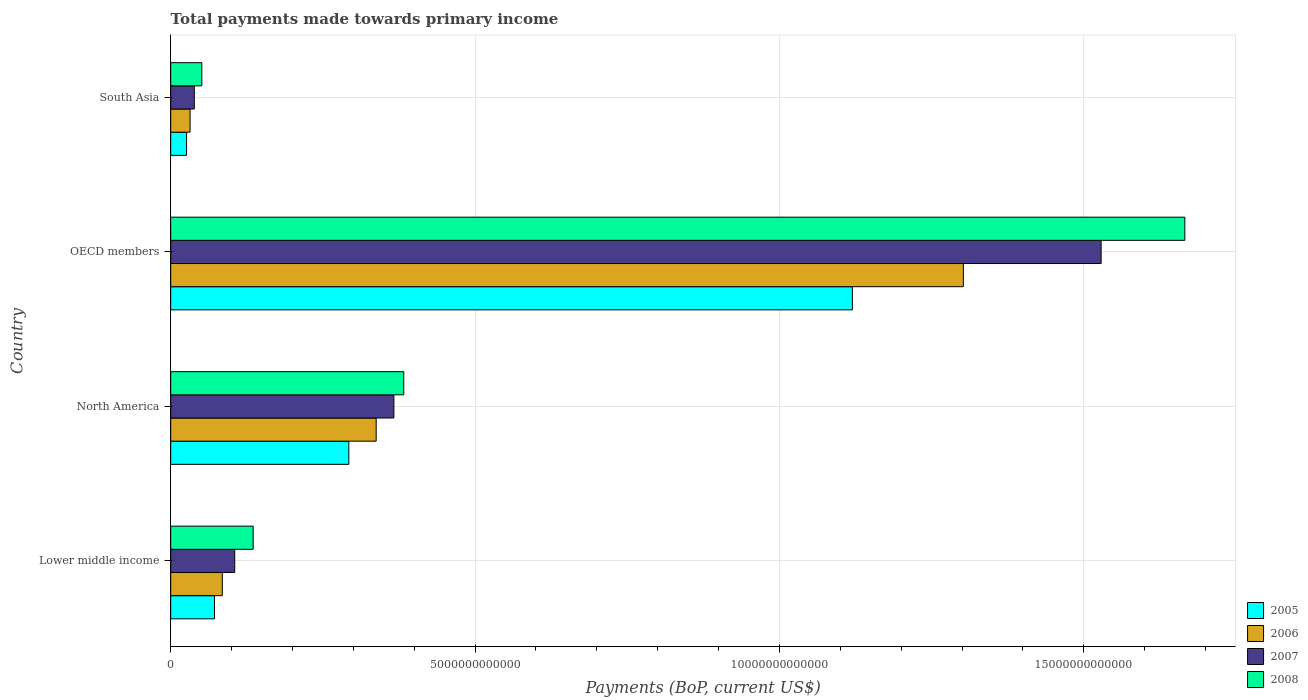
| Country | 2005 | 2006 | 2007 | 2008 |
 | --- | --- | --- | --- | --- |
 | Lower middle income | 7.19e+11 | 8.48e+11 | 1.05e+12 | 1.35e+12 |
 | North America | 2.93e+12 | 3.38e+12 | 3.67e+12 | 3.83e+12 |
 | OECD members | 1.12e+13 | 1.3e+13 | 1.53e+13 | 1.67e+13 |
 | South Asia | 2.61e+11 | 3.18e+11 | 3.88e+11 | 5.11e+11 |